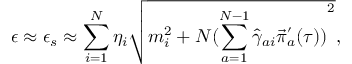
\epsilon \approx \epsilon _ { s } \approx \sum _ { i = 1 } ^ { N } \eta _ { i } \sqrt { m _ { i } ^ { 2 } + N { ( \sum _ { a = 1 } ^ { N - 1 } { \hat { \gamma } } _ { a i } { \vec { \pi } } _ { a } ^ { ' } ( \tau ) ) } ^ { 2 } } ,